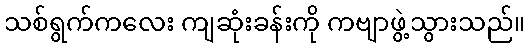
သစ်ရွက်ကလေး ကျဆုံးခန်းကို ကဗျာဖွဲ့သွားသည်။